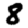
Digit: 8